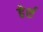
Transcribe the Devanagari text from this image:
हेर्श